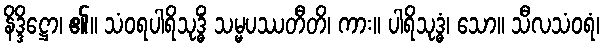
နိဒ္ဒိဋ္ဌော၊ ၏။ သံဝရပါရိသုဒ္ဓိံ သမ္မပဿတီတိ၊ ကား။ ပါရိသုဒ္ဓံ၊ သော။ သီလသံဝရံ၊